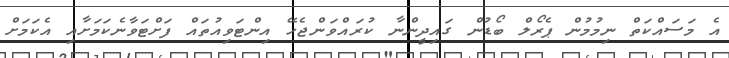
އެ މަސައްކަތް ނިމުމުން ޕެރޯލް ބޯޑުން ގައިދީންނާ ކުރައްވަންޖެހޭ އިންޓަވިއުތައް ފަށްޓަވާނެކަމަށާއި އެކަމަށް